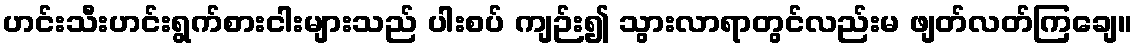
ဟင်းသီးဟင်းရွက်စားငါးများသည် ပါးစပ် ကျဉ်း၍ သွားလာရာတွင်လည်းမ ဖျတ်လတ်ကြချေ။